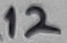
Text: 12